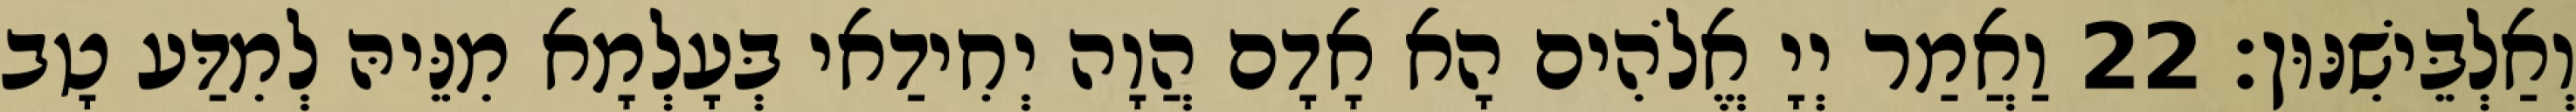
וְאַלְבֵּישִׁנּוּן׃ 22 וַאֲמַר יְיָ אֱלֹהִים הָא אָדָם הֲוָה יְחִידַאי בְּעָלְמָא מִנֵּיהּ לְמִדַּע טָב